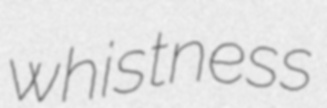
whistness